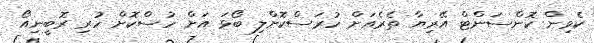
ކެވިން ކޮންސަންޓް އޭރިޔާ ތެރެއަށް ހުރަސްކޮށްލި ބޯޅަ އަށް ހުސްކޮށް ހުރި ރޮބީނިއޯ